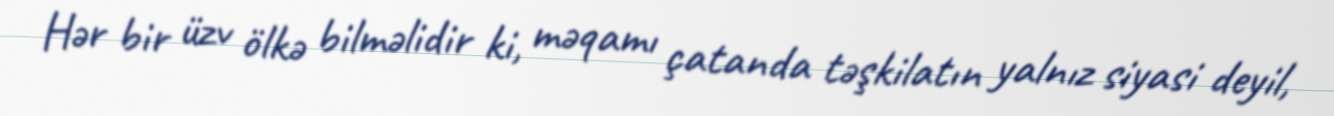
Hər bir üzv ölkə bilməlidir ki, məqamı çatanda təşkilatın yalnız siyasi deyil,